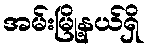
အမ်းမြို့နယ်ရှိ